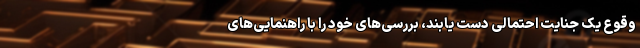
وقوع یک جنایت احتمالی دست یابند، بررسی‌های خود را با راهنمایی‌های